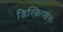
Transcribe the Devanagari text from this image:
डिस्क्रिप्शंस